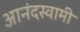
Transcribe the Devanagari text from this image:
आनंदस्वामी